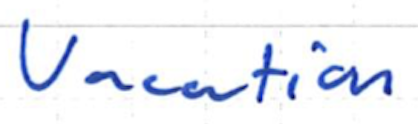
Text: Vacation
Cross-out: clean
Writing tool: ballpoint